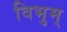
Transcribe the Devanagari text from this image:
विभुम्